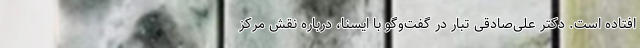
افتاده است. دکتر علی‌صادقی تبار در گفت‌وگو با ایسنا،‌ درباره نقش مرکز